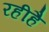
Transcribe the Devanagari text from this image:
रहीहै